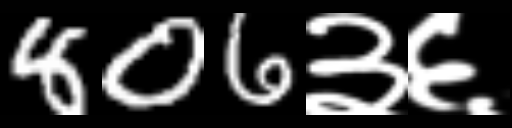
Text: 806३६